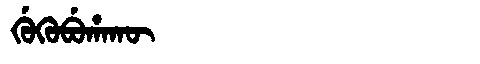
Manchu: ᡤᡠᡴᡠᠪᡠᡥᠠᡴᡡ
Romanization: GUKUBUHAKŪ